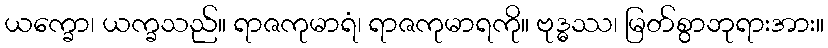
ယက္ခော၊ ယက္ခသည်။ ရာဇကုမာရံ၊ ရာဇကုမာရကို။ ဗုဒ္ဓဿ၊ မြတ်စွာဘုရားအား။